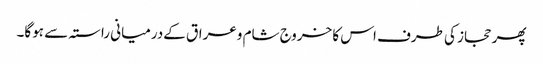
پھر حجاز کی طرف اس کا خروج شام وعراق کےدرمیانی راستہ سے ہوگا۔